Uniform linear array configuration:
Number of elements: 4
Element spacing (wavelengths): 0.25
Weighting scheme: hamming
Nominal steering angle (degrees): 45
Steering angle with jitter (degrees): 45.132
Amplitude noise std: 0.05
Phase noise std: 0.05

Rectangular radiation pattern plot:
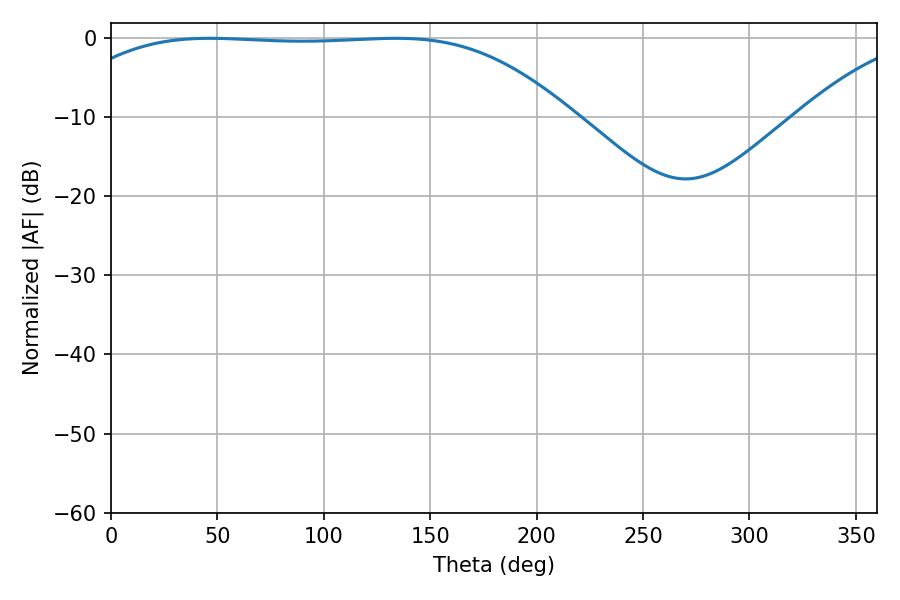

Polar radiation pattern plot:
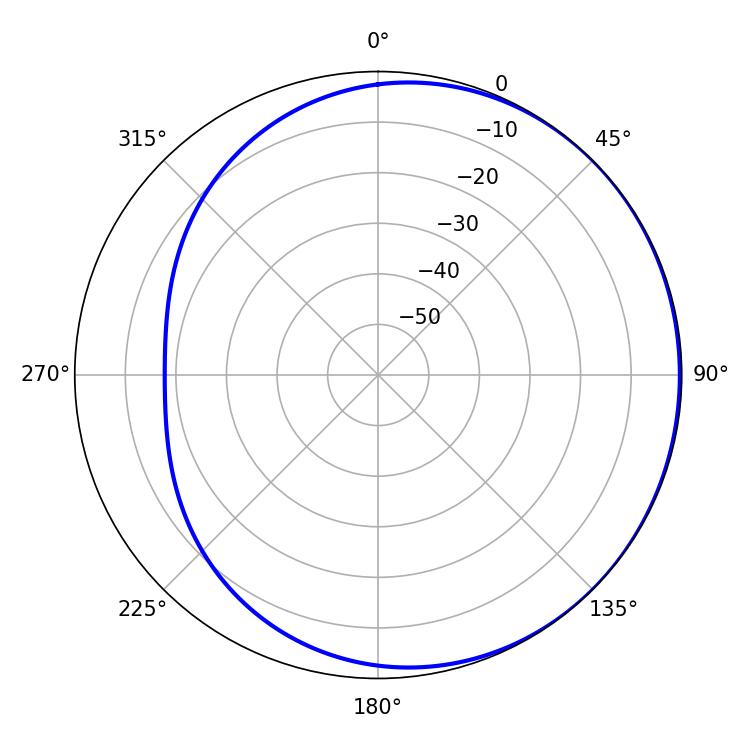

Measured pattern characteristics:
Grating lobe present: FALSE
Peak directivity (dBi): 0.6334
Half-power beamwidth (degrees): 183.6
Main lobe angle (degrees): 46.26